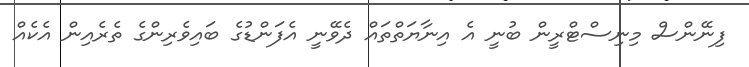
ފިނޭންސް މިނިސްޓްރީން ބުނީ އެ އިނާޔަތްތައް ދެވޭނީ އެފަންޑުގެ ބައިވެރިންގެ ތެރެއިން އެކެއް